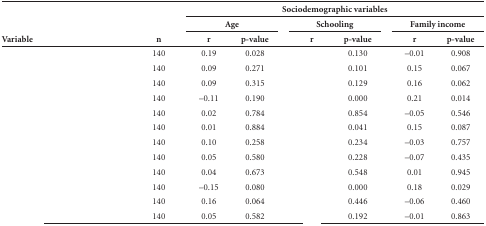
<table><thead><tr><td rowspan="3"><b>Variable</b></td><td rowspan="3"><b>n</b></td><td colspan="8"><b>Sociodemographic variables</b></td></tr><tr><td colspan="2"><b>Age</b></td><td rowspan="2">[EMPTY_CELL]</td><td colspan="2"><b>Schooling</b></td><td rowspan="2">[EMPTY_CELL]</td><td colspan="2"><b>Family income</b></td></tr><tr><td><b>r</b></td><td><b>p-value</b></td><td><b>r</b></td><td><b>p-value</b></td><td><b>r</b></td><td><b>p-value</b></td></tr></thead><tbody><tr><td>[EMPTY_CELL]</td><td>140</td><td>0.19</td><td>0.028</td><td>[EMPTY_CELL]</td><td>[EMPTY_CELL]</td><td>0.130</td><td>[EMPTY_CELL]</td><td>-0.01</td><td>0.908</td></tr><tr><td>[EMPTY_CELL]</td><td>140</td><td>0.09</td><td>0.271</td><td>[EMPTY_CELL]</td><td>[EMPTY_CELL]</td><td>0.101</td><td>[EMPTY_CELL]</td><td>0.15</td><td>0.067</td></tr><tr><td>[EMPTY_CELL]</td><td>140</td><td>0.09</td><td>0.315</td><td>[EMPTY_CELL]</td><td>[EMPTY_CELL]</td><td>0.129</td><td>[EMPTY_CELL]</td><td>0.16</td><td>0.062</td></tr><tr><td>[EMPTY_CELL]</td><td>140</td><td>-0.11</td><td>0.190</td><td>[EMPTY_CELL]</td><td>[EMPTY_CELL]</td><td>0.000</td><td>[EMPTY_CELL]</td><td>0.21</td><td>0.014</td></tr><tr><td>[EMPTY_CELL]</td><td>140</td><td>0.02</td><td>0.784</td><td>[EMPTY_CELL]</td><td>[EMPTY_CELL]</td><td>0.854</td><td>[EMPTY_CELL]</td><td>-0.05</td><td>0.546</td></tr><tr><td>[EMPTY_CELL]</td><td>140</td><td>0.01</td><td>0.884</td><td>[EMPTY_CELL]</td><td>[EMPTY_CELL]</td><td>0.041</td><td>[EMPTY_CELL]</td><td>0.15</td><td>0.087</td></tr><tr><td>[EMPTY_CELL]</td><td>140</td><td>0.10</td><td>0.258</td><td>[EMPTY_CELL]</td><td>[EMPTY_CELL]</td><td>0.234</td><td>[EMPTY_CELL]</td><td>-0.03</td><td>0.757</td></tr><tr><td>[EMPTY_CELL]</td><td>140</td><td>0.05</td><td>0.580</td><td>[EMPTY_CELL]</td><td>[EMPTY_CELL]</td><td>0.228</td><td>[EMPTY_CELL]</td><td>-0.07</td><td>0.435</td></tr><tr><td>[EMPTY_CELL]</td><td>140</td><td>0.04</td><td>0.673</td><td>[EMPTY_CELL]</td><td>[EMPTY_CELL]</td><td>0.548</td><td>[EMPTY_CELL]</td><td>0.01</td><td>0.945</td></tr><tr><td>[EMPTY_CELL]</td><td>140</td><td>-0.15</td><td>0.080</td><td>[EMPTY_CELL]</td><td>[EMPTY_CELL]</td><td>0.000</td><td>[EMPTY_CELL]</td><td>0.18</td><td>0.029</td></tr><tr><td>[EMPTY_CELL]</td><td>140</td><td>0.16</td><td>0.064</td><td>[EMPTY_CELL]</td><td>[EMPTY_CELL]</td><td>0.446</td><td>[EMPTY_CELL]</td><td>-0.06</td><td>0.460</td></tr><tr><td>[EMPTY_CELL]</td><td>140</td><td>0.05</td><td>0.582</td><td>[EMPTY_CELL]</td><td>[EMPTY_CELL]</td><td>0.192</td><td>[EMPTY_CELL]</td><td>-0.01</td><td>0.863</td></tr></tbody></table>